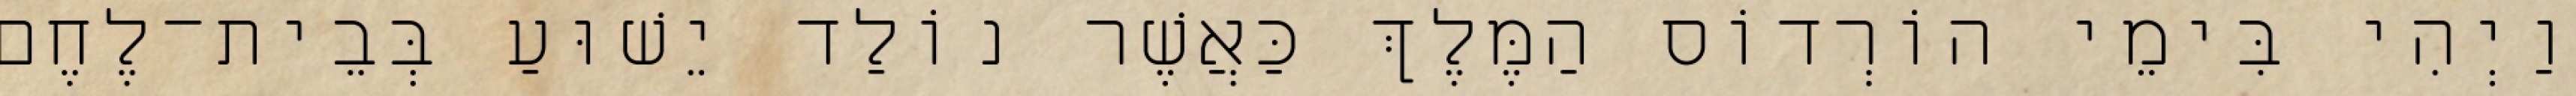
וַיְהִי בִּימֵי הוֹרְדוֹס הַמֶּלֶךְ כַּאֲשֶׁר נוֹלַד יֵשׁוּעַ בְּבֵית־לֶחֶם